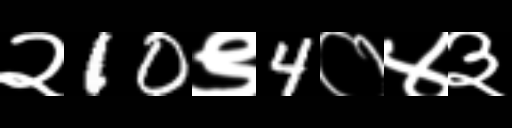
Text: २10९4०४३